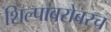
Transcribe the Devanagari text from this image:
शिल्पाबरोबरच